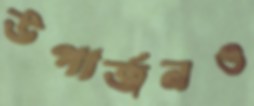
উপার্জনও